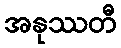
အနုဿတီ